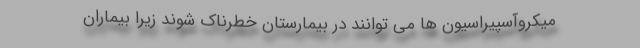
میکروآسپیراسیون ها می توانند در بیمارستان خطرناک شوند زیرا بیماران